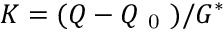
K = ( Q - Q _ { \mathit { \mathrm { ~ 0 ~ } } } ) / G ^ { * }